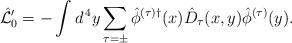
LaTeX: \begin{align*}\hat{\cal L}_0' = - \int d^{\, 4} y \sum_{\tau = \pm} \hat{\phi}^{(\tau) \dagger} (x) \hat{D}_\tau (x, y) \hat{\phi}^{(\tau)} (y) . \end{align*}